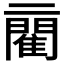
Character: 𨶄